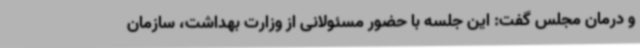
و درمان مجلس گفت: این جلسه با حضور مسئولانی از وزارت بهداشت، سازمان